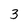
Character: 3